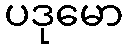
ပဒုမော